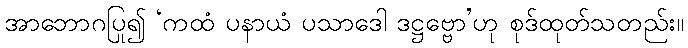
အာဘောဂပြု၍ ‘ကထံ ပနာယံ ပသာဒေါ ဒဋ္ဌဗ္ဗော’ဟု စုဒ်ထုတ်သတည်း။